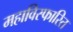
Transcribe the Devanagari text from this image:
महाविस्फारित